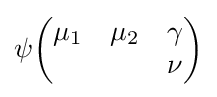
\psi {\begin{pmatrix}\mu _{1}&\mu _{2}&\gamma \\&&\nu \end{pmatrix}}